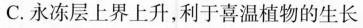
C.永冻层上界上升，利于喜温植物的生长